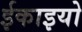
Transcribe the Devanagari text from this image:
ईकाइयो